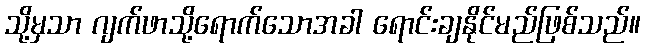
သို့မှသာ ဂျက်ဖာသို့ရောက်သောအခါ ရောင်းချနိုင်မည်ဖြစ်သည်။